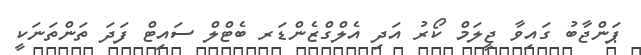
ޕަންޖާބު ގައިވާ ޖީލަމް ކޯރު އަދި އެލްގްޒެންޑަރ ބެޓްލް ސައިޓް ފަދަ ތަންތަނަކީ